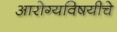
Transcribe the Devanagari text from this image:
आरोग्यविषयीचे